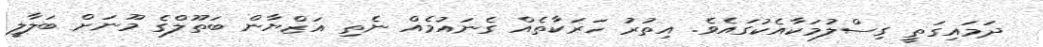
ދަމައިގަތީ ގިސްލުމަކާއެކުގައެވެ. އިތުރު ހަރަކާތެއް ގެނައުމެއް ނެތި އަޒްޔާން ބަތޫލްގެ މޫނަށް ބަލާލީ